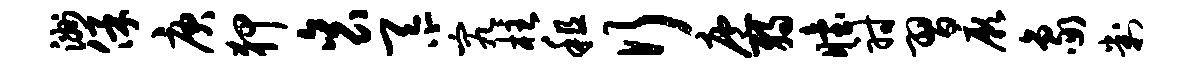
洲保庚狎衮忝究柱租行庖弱眙射习厥象判